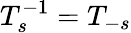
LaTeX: T_{s}^{-1}=T_{-s}